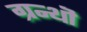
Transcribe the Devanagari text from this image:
ग्रन्थॊ